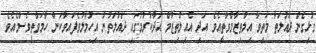
ގުޅިގެން ދައުލަތާ މަތިވާ އިލްތިޒާމްވާތީއެވެ. އަދި އެއިލްތިޒާމް އަދާކުރުމުގައި ދައުލަތުން އިހުމާލުވެފައވާކަން ހާމަވާތީވެސްމެއެވެ.